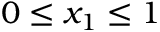
0 \leq x _ { 1 } \leq 1